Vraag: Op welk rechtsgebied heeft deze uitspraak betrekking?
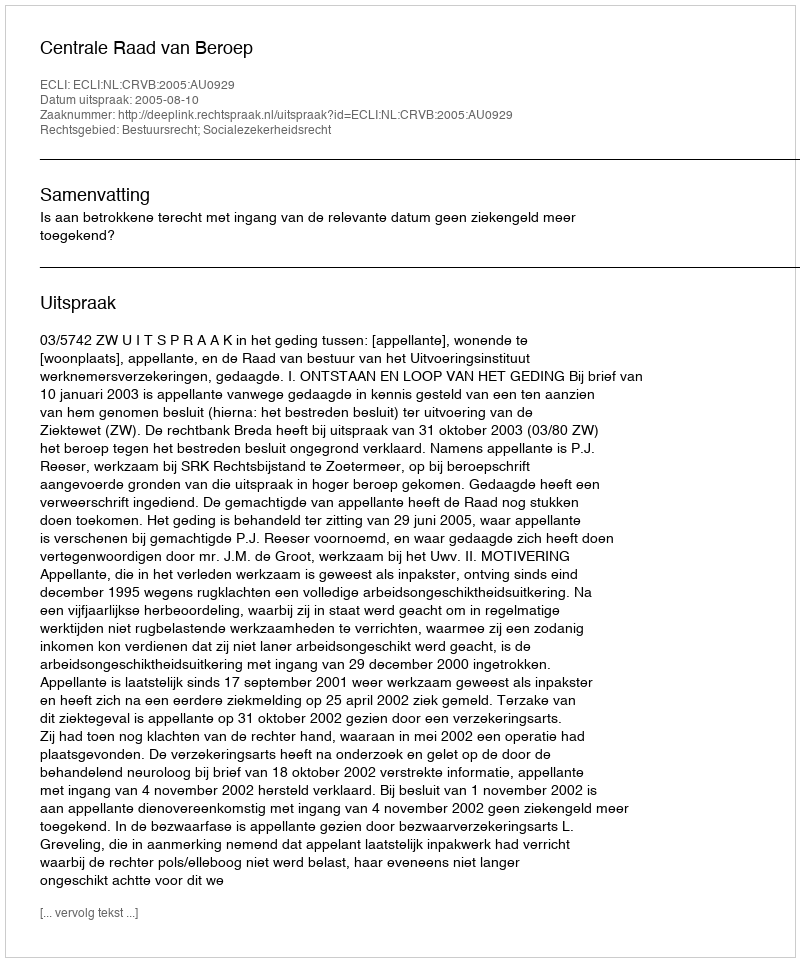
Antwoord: Bestuursrecht; Socialezekerheidsrecht